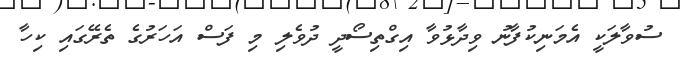
ސުވާލަކީ އެމަނިކުފާނު ވިދާޅުވާ އިގްތިސޯދީ ދުވެލި މި ފަސް އަހަރުގެ ތެރޭގައި ކިހާ